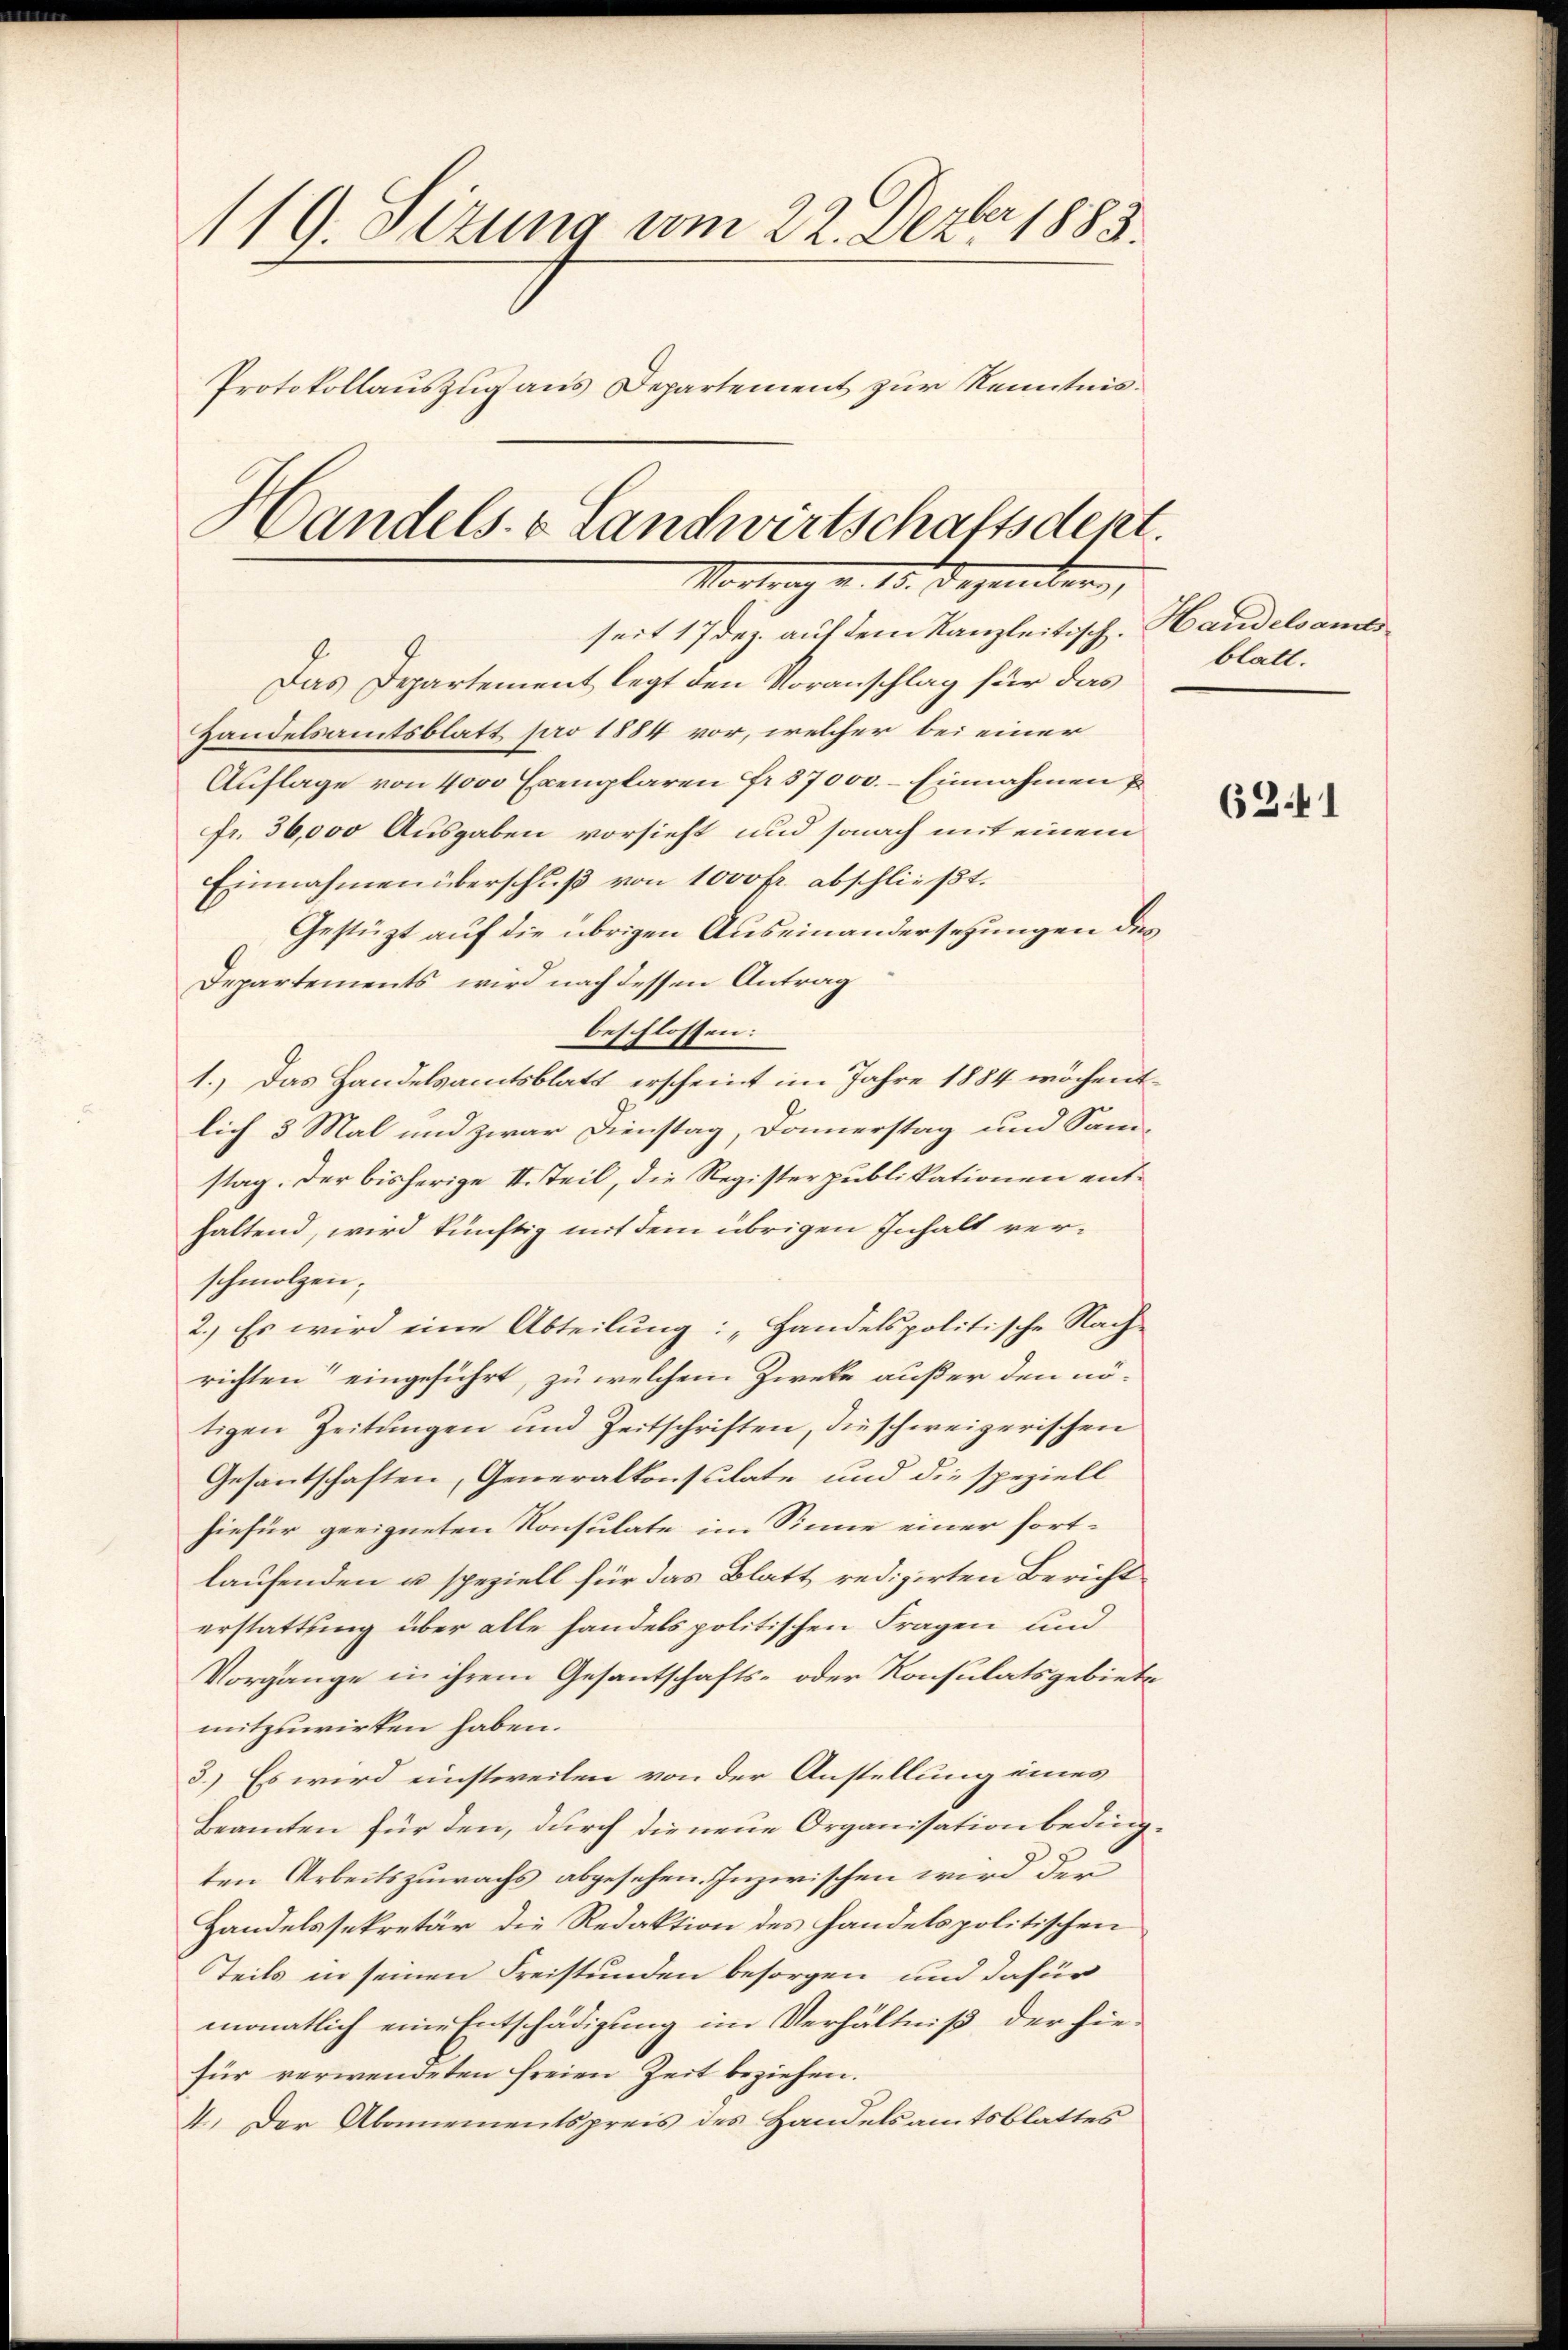
119. Sizung vom 22. Dezbr 1883.
Protokollauszug aus Departement zur Kenntnis¬
Handels- & Landwirtschaftsdent.
Mo. 15. Dezembers,

seit 17 Dez. auf dem Kanzleitisch.

Das Departement legt den Voranschlag für das
Handelsamtsblatt pro 1884 vor, welcher bei einer
Auflage von 4000 Exemplaren Fr. 37000. – Einnahmen
fr. 36,000 Ausgaben vorsieht und sonach mit einem
Einnahmen überschuß von 1000fr. abschließt.
Gestüzt auf die übrigen Auseinandersetzungen des
Departements wird nach dessen Antrag
beschlossen:
1.) Das Handelsamtsblatt erscheint im Jahre 1884 wöchentlich 3 Mal und zwar Dienstag, Donnerstag und Samstag. Der bisherige II. Teil, die Register publikationen enthaltend, wird künftig mit dem übrigen Inhalt verschmolzen,
2.) Es wird eine Abteilung: „Handelspolitische Nach-
richten“ eingeführt, zu welchem Zweke außer den nötigen Zeitungen und Zeitschriften, die schweizerischen
Gesantschaften, Generalkonsulate und die speziell
hiefür geeigneten Konsulate im Sinne einer fortlaufenden u. speziell für das Blatt redizirten Bericht
erstattung über alle handels politischen Fragen und
Vorgänge in ihrem Gesantschafts- oder Konsulatsgebiete
mitzuwirken haben.
3.) Es wird einstweilen von der Anstellung eines
Beamten für den, durch dienene Organisation bedingten Arbeitszuwachs abgesehen. Inzwischen wird den
Handelssekretär die Redaktion des handelspolitischen
Teils in seinen Freistunden besorgen und dafür
monatlich eine Entschädigung im Verhältniß der hie-
für verwendeten freien Zeit beziehen.
4. Der Abonnementspreis des Handelsamtsblattes

Handelsames
blatt.

6241